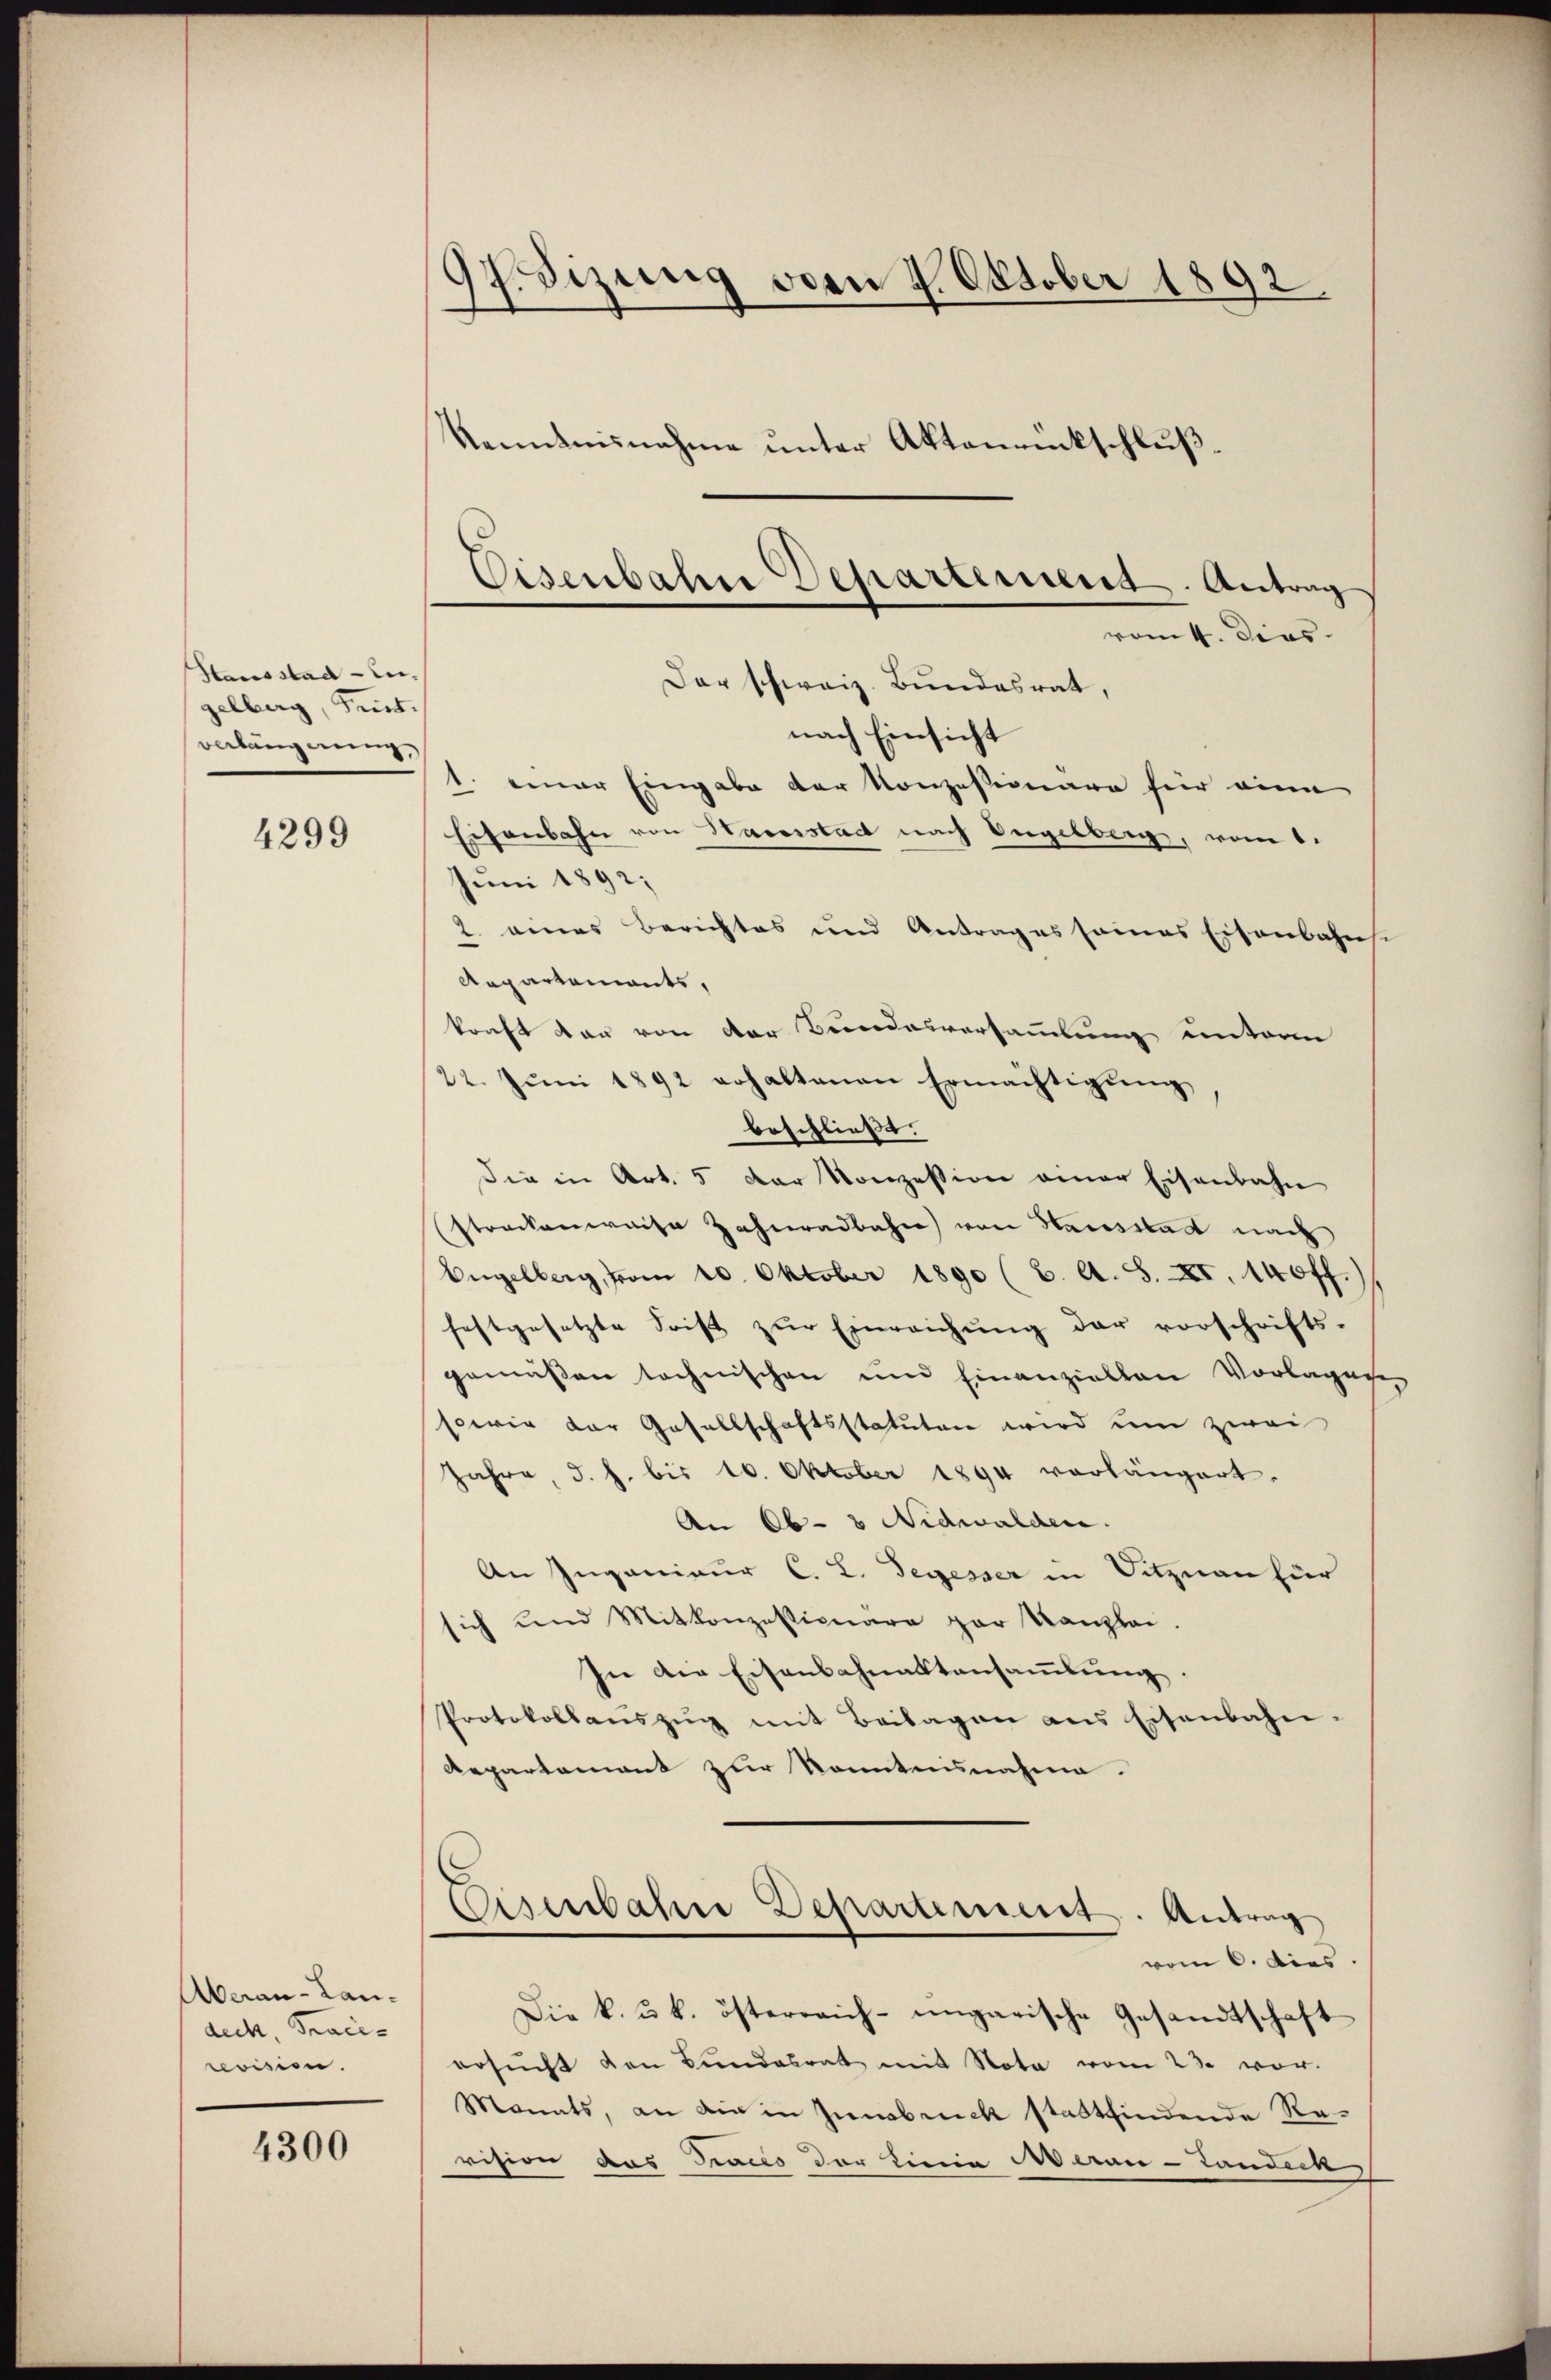
Hausstad Lugelberg, Frist.
veläugnung

4299

Meran-Lan-
dech Trace- |
roisien.

4300

GEdizung oden 4. Oktober 1892.
Kenntnisnahme unter Aktenrückschluß.

Eisenbahne Departement. Antrag
vom 4. Dies
Der schweiz. Bundesrat,

nach Einsicht
1. einer Eingabe der Konzessionara hier eine
Eisenbahn von Hausstad nach Engelberg, vom 1.
Juni 1892;
2. eines Berichtes und Antrages seines Eisenbahnsi
Repartements,
konft dar von der Bundesversammlung unterm
22. Juni 1892 erhaltenen Ermächtigung
beschließt.
die in Art. 5 der Konzession einer Eisenbahn
streckenweise Zahnadbahn von Hausstadt nach
Engelberg, vom 20. Oktober 1890 (2. A. S. XI. 140 ff.
festgesetzte Frist zŭr Einreichŭng der vorschrifts-
gemäßen technischen und hinanziellen Vorlagung
sowie der Gesellschaftsstatuten wird um zwei
Jahre, d. h. bis 10. Oktober 1894 vorlängert.
An Ob- & Nidwalden.
An Ingenieur C. L. Segesser in Sitznau für
sich und Mitkonzessionäre par Kanzlei.
In die Eisenbahnaktensammlung
Protokollaŭszŭg mit Beilagen ans Eisenbahn-
Repartement zur Kenntnisnahme.
Eisenbahre Departement. Antrag
vom 6. dies
Die k. u. k. österreich-ungarische Gesandtschaft
ersŭcht den Bŭndesrat mit Nota vom 23. vor-
Monats, an die in Innsbruck stattfindende Revision das Traces der Linia Marai-Landeck